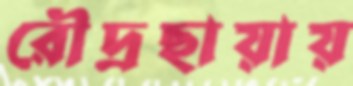
রৌদ্রছায়ায়